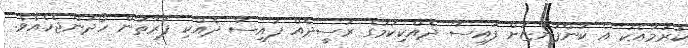
ކުރުމާއެކު އެ ކުންފުންޏަށް ފައިސާ ދެއްކިކަމުގެ ރަސީދެއް ފައިސާ ދެއްކި ފަރާތުން ހޯދަންޖެހެއެވެ.